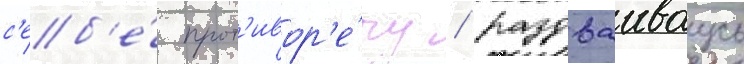
с'еб'е́ прот'ивор'е́чу / раздваиваусь